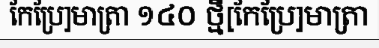
កែប្រែ]មាត្រា ១៤០ ថ្មី[កែប្រែ]មាត្រា